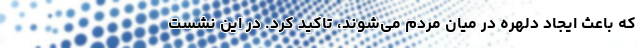
که باعث ایجاد دلهره در میان مردم می‌شوند، تاکید کرد. در این نشست